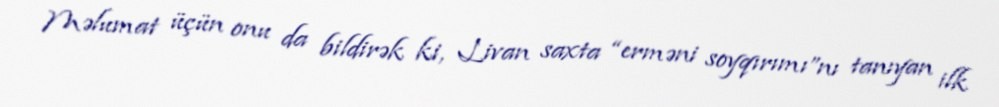
Məlumat üçün onu da bildirək ki, Livan saxta “erməni soyqırımı”nı tanıyan ilk